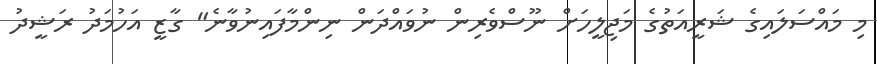
މި މައްސަލައިގެ ޝަރީއަތުގެ މަޖިލީހަށް ނޫސްވެރިން ނުވައްދަން ނިންމާފައިނުވާނެ" ގާޒީ އަހުމަދު ރަޝީދު